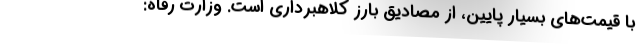
با قیمت‌های بسیار پایین، از مصادیق بارز کلاهبرداری است. وزارت رفاه: